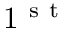
1 ^ { \mathrm { ~ s ~ t ~ } }